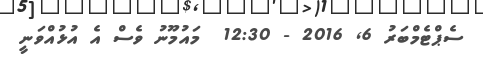
ސެޕްޓެމްބަރު 6